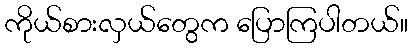
ကိုယ်စားလှယ်တွေက ပြောကြပါတယ်။